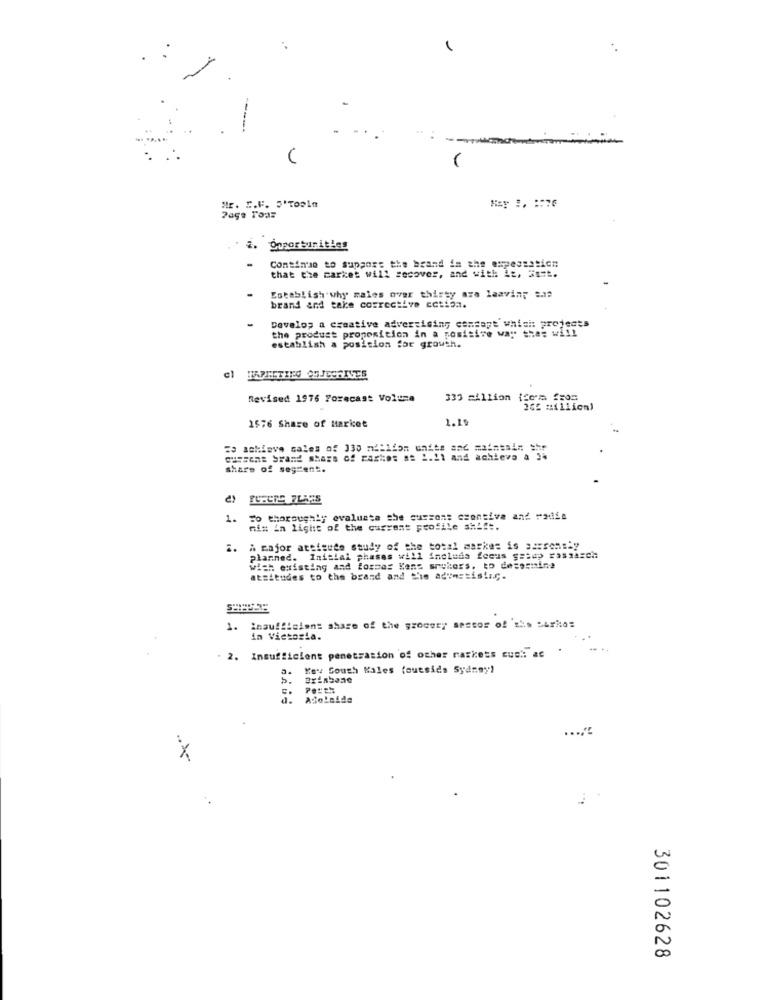
U
Mr. C.F. 5'Tools
. opportunities
Continuo to support the brand in the expectation
that the market will recover, and with: Ac, === t.
Establish why males over thirty are leaving #22
brand and take corrective action.
Develop a creative advertising concept whisi: projects
the produst proposition in a positive way that will
establish a position for growth.
HAPECTING CUJECRISES
Revised 1976 Forecast Voluza
333 million {Com from
355 Million)
1576 Share of Market
1.19
"o schiave sales of 330 million units and maintain *hr
current Srand share of rastos at 2.11 and achieve a 54
share of segment.
1.
To thoroughly evaluate the cuscon: csontive and radis
nis in light of the current profile shift.
A major ateigues study of the total maske= is sasons'y
Planned. Initial phases will include focus getup Passaren
wish existing and formar Kens srykors, to determine
atsitudes to the brand and the advertising.
1.
inaufficions share of the grocery sestor of sis Sarkos
in Victoria.
2. Insufficient penetration of other rackets cush at
Key South Wales (ouesida Sydney)
5.
Brisbane
AdoLeide
.... "
301102628